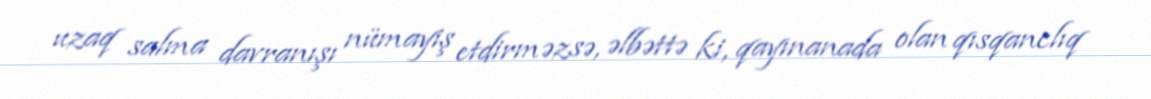
uzaq salma davranışı nümayiş etdirməzsə, əlbəttə ki, qayınanada olan qısqanclıq